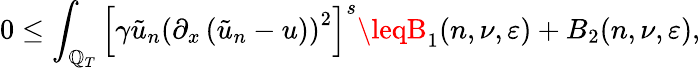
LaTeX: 0\leq\int_{\mathbb{Q}_{T}}\left[\gamma\tilde{{u}}_{n}\left(\partial_{x}\left(\tilde{{u}}_{n}-u\right)\right)^{2}\right]^{s}\leqB_{1}(n,\nu,\varepsilon)+B_{2}(n,\nu,\varepsilon),